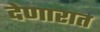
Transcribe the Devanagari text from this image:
देणारात